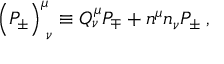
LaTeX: \Bigr ( { \cal P } _ { \pm } \Bigr ) _ { \; \nu } ^ { \mu } \equiv Q _ { \nu } ^ { \mu } P _ { \mp } + n ^ { \mu } n _ { \nu } P _ { \pm } \; ,